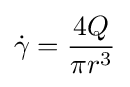
{\dot {\gamma }}={\frac {4Q}{\pi r^{3}}}